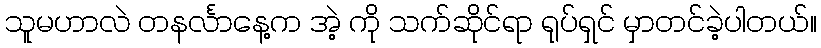
သူမဟာလဲ တနင်္လာနေ့က အဲ့ ကို သက်ဆိုင်ရာ ရုပ်ရှင် မှာတင်ခဲ့ပါတယ်။